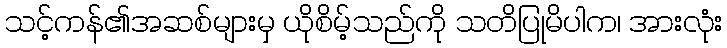
သင့်ကန်၏အဆစ်များမှ ယိုစိမ့်သည်ကို သတိပြုမိပါက၊ အားလုံး